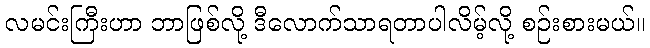
လမင်းကြီးဟာ ဘာဖြစ်လို့ ဒီလောက်သာရတာပါလိမ့်လို့ စဉ်းစားမယ်။